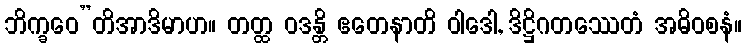
ဘိက္ခဝေ”တိအာဒိမာဟ။ တတ္ထ ဝဒန္တိ ဧတေနာတိ ဝါဒေါ, ဒိဋ္ဌိဂတဿေတံ အဓိဝစနံ။